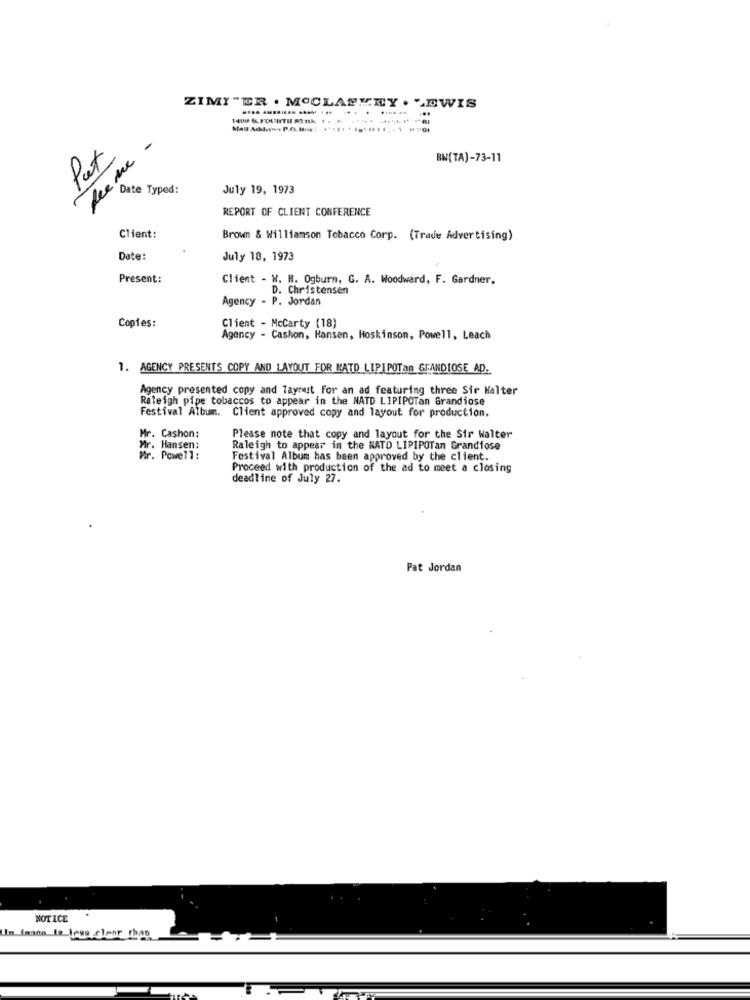
ZIMI "ER . MOCLASKEY . LEWIS
.....
feeme -
Pat
BN(TA)-73-11
Date Typed:
July 19, 1973
REPORT OF CLIENT CONFERENCE
Client:
Brown & Williamson Tobacco Corp. (Trade Advertising)
Date:
July 18, 1973
Present:
Client - W. H. Ogburn, G. A. Woodward, F. Gardner,
D. Christensen
Agency - P. Jordan
Copies:
Client - McCarty (18)
Agency - Cashon, Hansen, Hoskinson, Powell, Leach
1. AGENCY PRESENTS COPY AND LAYOUT FOR MATO LIPIPOTan GRANDIOSE AD.
Agency presented copy and layout for an ad featuring three Sir Halter
Raleigh pipe tobaccos to appear in the NATD LIPIPOTan Grandiose
Festival Album. Client approved copy and layout for production.
Mr. Cashon:
Please note that copy and layout for the Sir Walter
Mr. Hansen:
Raleigh to appear in the NATO LIPIPOTan Grandiose
Mr. Powell:
Festival Album has been approved by the client.
Proceed with production of the ad to meet a closing
deadline of July 27.
Pat Jordan
NOTICE
Im inson ie legs clear rhap